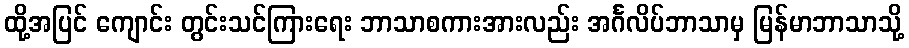
ထို့အပြင် ကျောင်း တွင်းသင်ကြားရေး ဘာသာစကားအားလည်း အင်္ဂလိပ်ဘာသာမှ မြန်မာဘာသာသို့